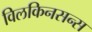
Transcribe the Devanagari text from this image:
विलकिनसन्स